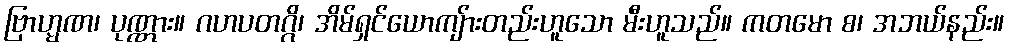
ဗြာဟ္မဏ၊ ပုဏ္ဏား။ ဂဟပတဂ္ဂိ၊ အိမ်ရှင်ယောကျ်ားတည်းဟူသော မီးဟူသည်။ ကတမော စ၊ အဘယ်နည်း။